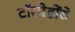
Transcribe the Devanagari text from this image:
टॉरपेडोंचे